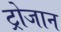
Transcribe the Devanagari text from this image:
ट्रोजान